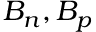
B _ { n } , B _ { p }